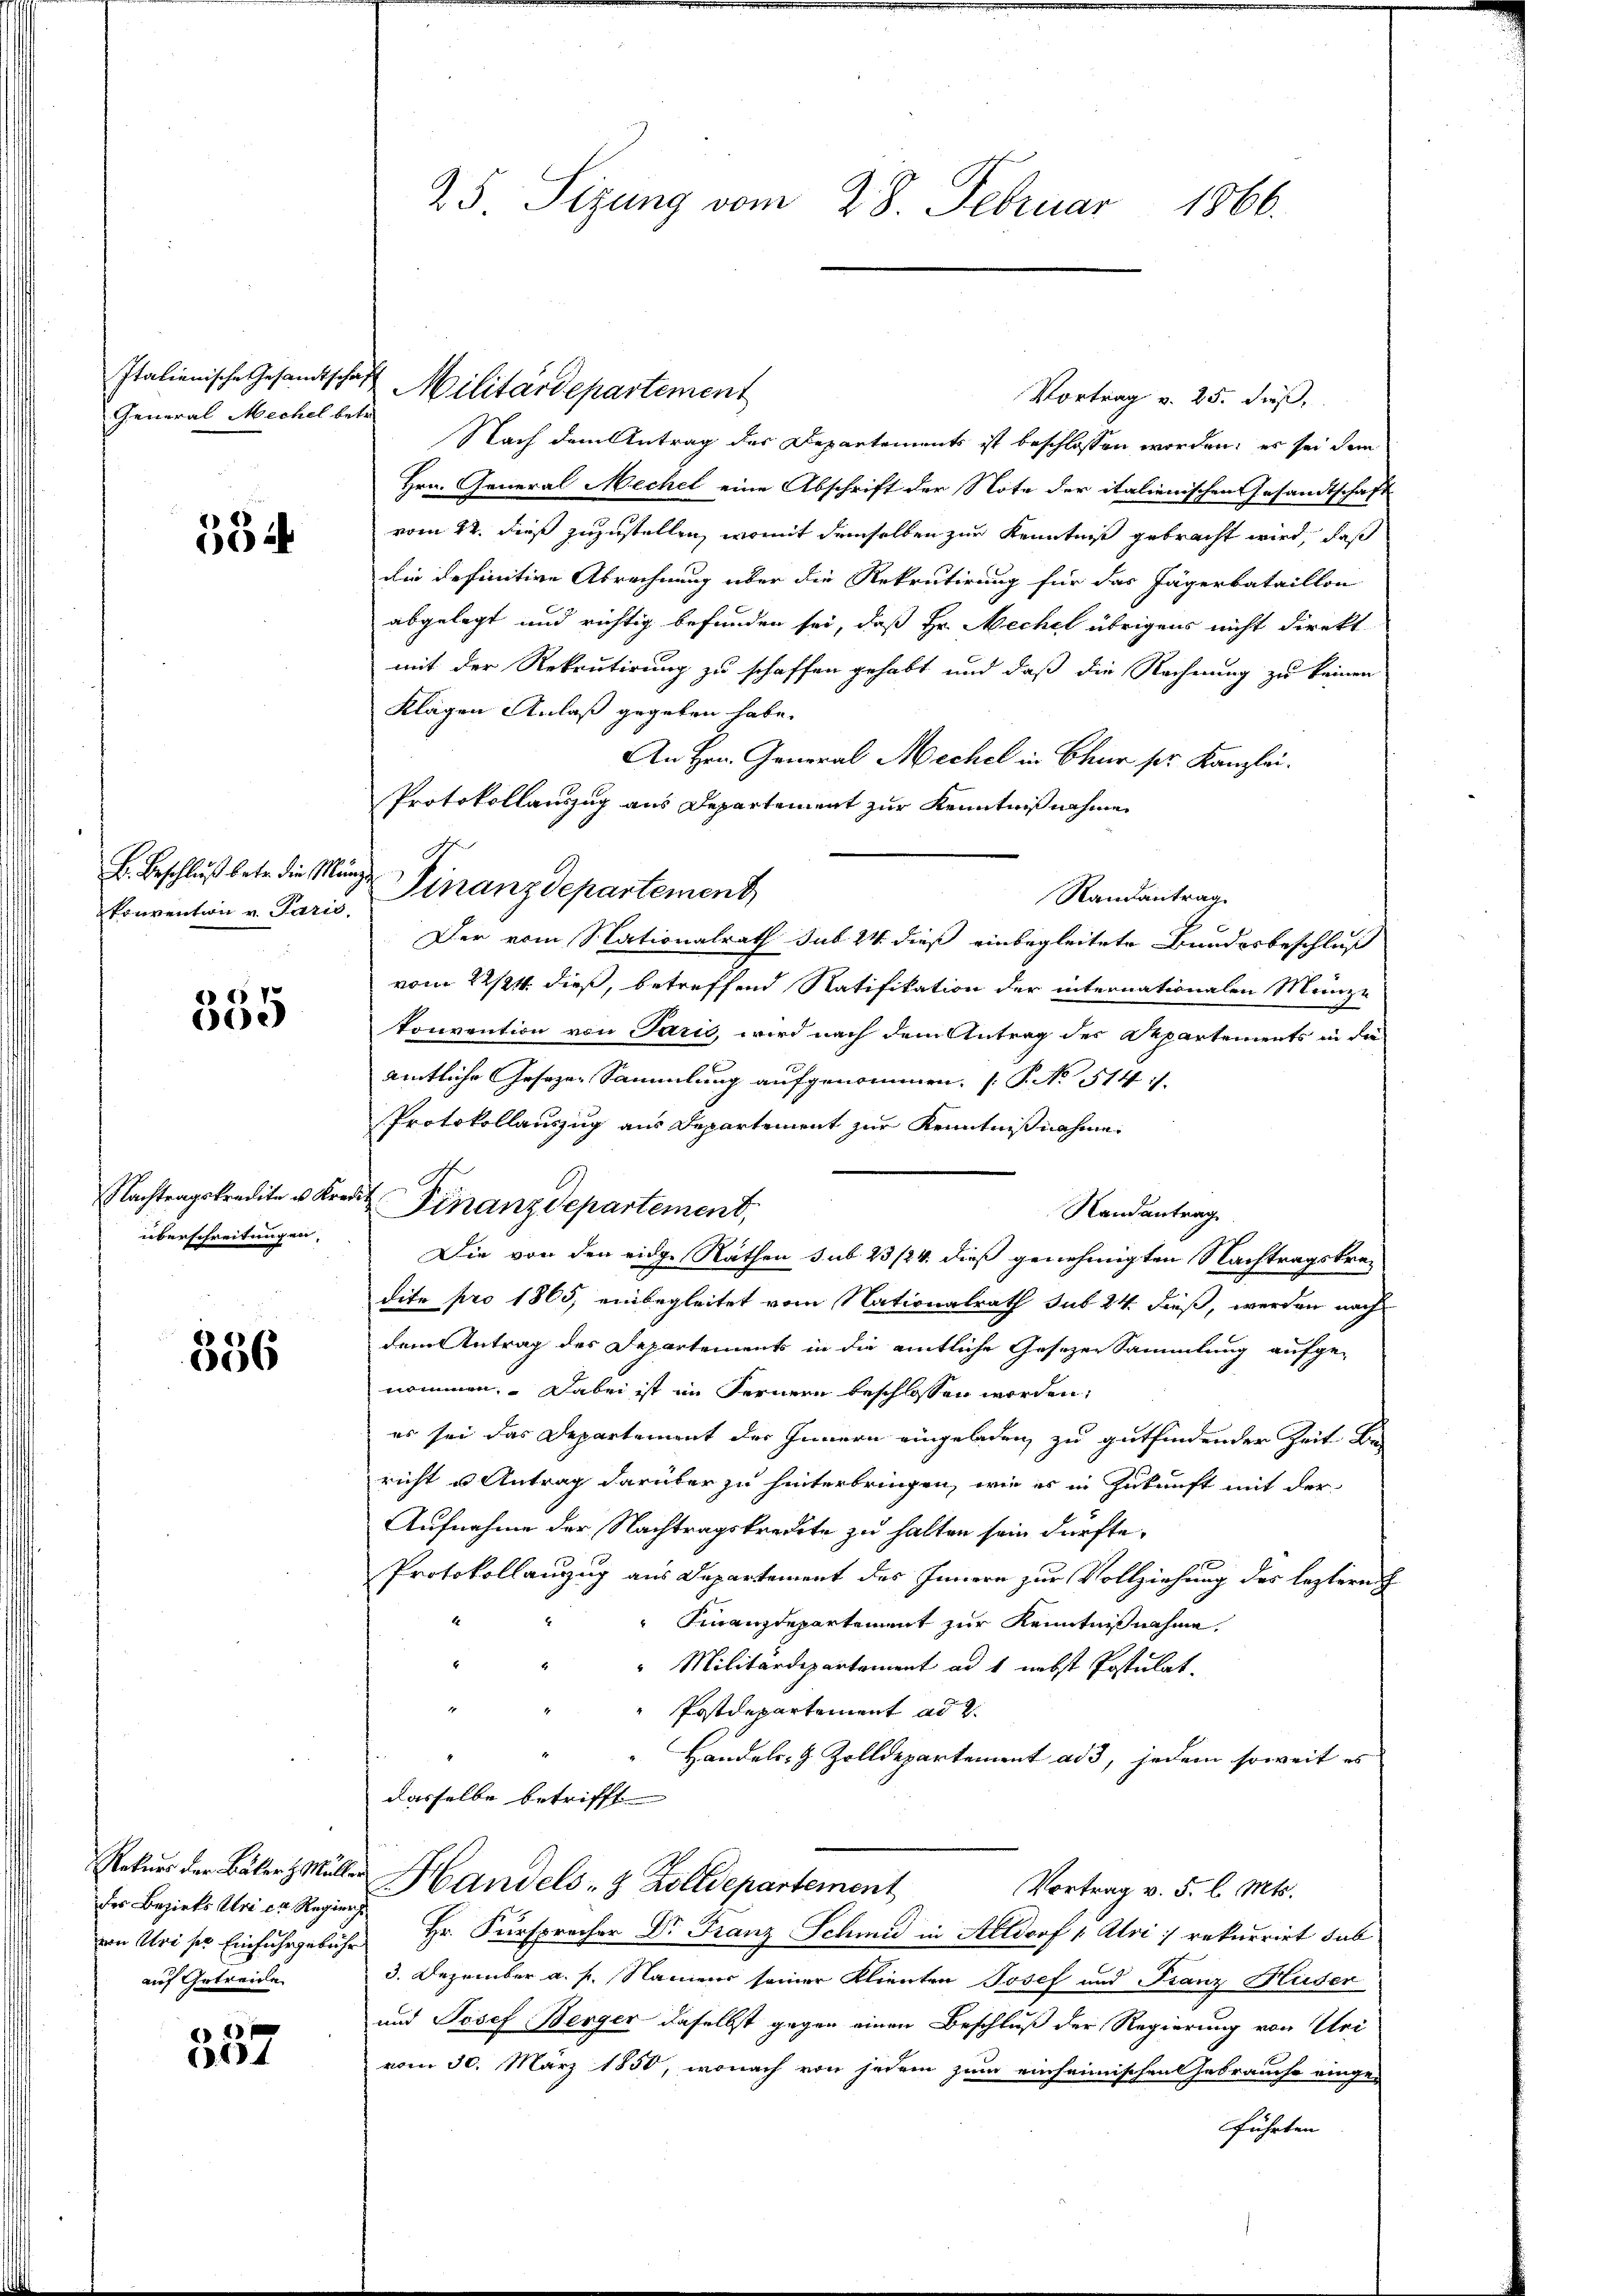
General Mechel betr.

354

B. Beschluß betr. die Mun
konvention v. Paris.

2 25 d
e)

Nachtragskredite u. Kredit
überschreitungen,

356

der Bezirks Uri in Regier
auf Getreide

357

25 Sizung vom 28. Februar 1866.

Italienische Gesandtschaft Militärdepartement

Vortrag v. 25. dieß,
Nach dem Antrag des Departements ist beschlossen worden; er sei dem
Hrn. General Mechel eine Abschrift der Note der italienischen Gesandtschaft
vom 22. dieß zuzustellen, womit demselben zur Kenntniß gebracht wird, daß
die definitive Abrechnung über die Rekrutirung für das Jägerbataillon
abgelegt und richtig befunden sei, daß Hr. Mechel übrigens nicht direkt
mit der Rekrutirung zu schaffen gehabt und daß die Rechnung zu keinen
Klägen Anlaß gegeben habe.
An Hrn. General Mechel in Chur pr. Kanzlei.
Protokollauszug aus Departement zur Kenntnißnahme
 Finanzdepartement
Der vom Nationalrath sub 24 dieß einbegleitete Bundesbeschluß
vom 22/24. dieß, betreffend Ratifikation der internationalen Münze
konvention von Paris, wird nach dem Antrag des Departements in die
amtliche Gesagen Sammlung aufgenommen. (T. No 514 :/.
Protokollauszug aus Departement zur Kenntnißnahme
Finanzdepartement,
Randantrag
Die von den eige Rathen sub 23/24. dieß genehmigten Nachtragskradite pro 1865, einbegleitet vom Nationalrath sub 24 dieß, werden nach
dem Antrag des Departements in die amtliche Gesezer Sammlung aufge-
nommen. Dabei ist im Fernern beschlossen worden;
es sei das Departement des Innern eingeladen zu gutfindender Zeit Be-
richt u Antrag darüber zu hinterbringen, wie es in Zukunft mit der
Aufnahme der Nachtragskredite zu halten sein dürfte.
Protokollanzug aus Departement des Innern zur Vollziehung des leztere
" Finanzdepartement zur Kenntnißnahme.
"Militärdepartement ad 1 nebst Postulat.
Postdepartement ad 2.
Handels- & Zolldepartement ad 3, jedem soweit es
dasselbe betrifft
Rekurs der Bäler, Müller Handels- & Zolldepartement
Vortrag v. 5. l. Mts.
von Uri ses Einfuhrgebühr Hr. Fürsprecher Dr. Franz Schmid in Altdorf  Alois rekurrirt sub
3. Dezember a. p. Namens seiner Klienten Josef und Franz Huder
und Josef Berger daselbst gegen einen Beschluß der Regierung von Uri
vom 30. März 1850, wonach von jedem zum einheimischen Gebrauche einge-
führten

Raurantrag.